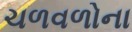
ચળવળોના